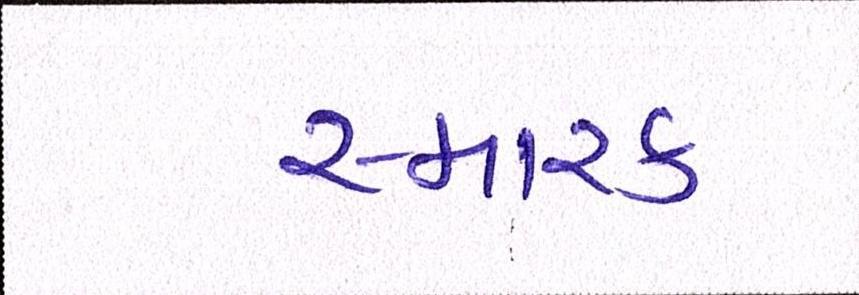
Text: સ્મારક